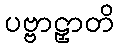
ပဗ္ဗာဠှာတိ